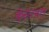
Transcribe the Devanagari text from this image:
केसरवल